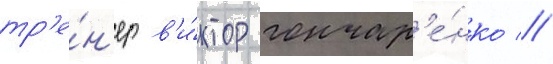
тр'е́н'ер в'и́ктор гончар'е́нко //